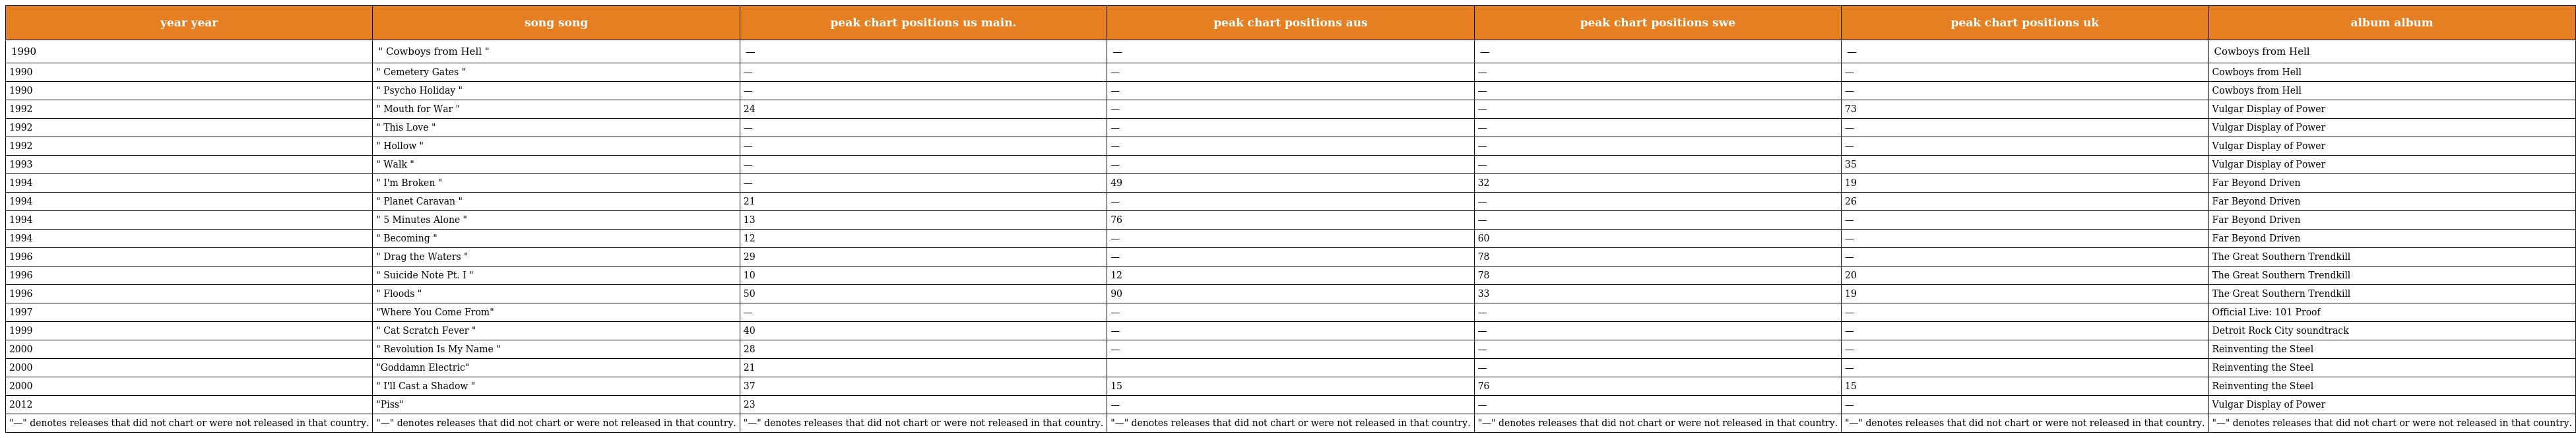
| year year | song song | peak chart positions us main. | peak chart positions aus | peak chart positions swe | peak chart positions uk | album album |
 | --- | --- | --- | --- | --- | --- | --- |
 | 1990 | " Cowboys from Hell " | — | — | — | — | Cowboys from Hell |
 | 1990 | " Cemetery Gates " | — | — | — | — | Cowboys from Hell |
 | 1990 | " Psycho Holiday " | — | — | — | — | Cowboys from Hell |
 | 1992 | " Mouth for War " | 24 | — | — | 73 | Vulgar Display of Power |
 | 1992 | " This Love " | — | — | — | — | Vulgar Display of Power |
 | 1992 | " Hollow " | — | — | — | — | Vulgar Display of Power |
 | 1993 | " Walk " | — | — | — | 35 | Vulgar Display of Power |
 | 1994 | " I'm Broken " | — | 49 | 32 | 19 | Far Beyond Driven |
 | 1994 | " Planet Caravan " | 21 | — | — | 26 | Far Beyond Driven |
 | 1994 | " 5 Minutes Alone " | 13 | 76 | — | — | Far Beyond Driven |
 | 1994 | " Becoming " | 12 | — | 60 | — | Far Beyond Driven |
 | 1996 | " Drag the Waters " | 29 | — | 78 | — | The Great Southern Trendkill |
 | 1996 | " Suicide Note Pt. I " | 10 | 12 | 78 | 20 | The Great Southern Trendkill |
 | 1996 | " Floods " | 50 | 90 | 33 | 19 | The Great Southern Trendkill |
 | 1997 | "Where You Come From" | — | — | — | — | Official Live: 101 Proof |
 | 1999 | " Cat Scratch Fever " | 40 | — | — | — | Detroit Rock City soundtrack |
 | 2000 | " Revolution Is My Name " | 28 | — | — | — | Reinventing the Steel |
 | 2000 | "Goddamn Electric" | 21 |  | — | — | Reinventing the Steel |
 | 2000 | " I'll Cast a Shadow " | 37 | 15 | 76 | 15 | Reinventing the Steel |
 | 2012 | "Piss" | 23 | — | — | — | Vulgar Display of Power |
 | "—" denotes releases that did not chart or were not released in that country. | "—" denotes releases that did not chart or were not released in that country. | "—" denotes releases that did not chart or were not released in that country. | "—" denotes releases that did not chart or were not released in that country. | "—" denotes releases that did not chart or were not released in that country. | "—" denotes releases that did not chart or were not released in that country. | "—" denotes releases that did not chart or were not released in that country. |